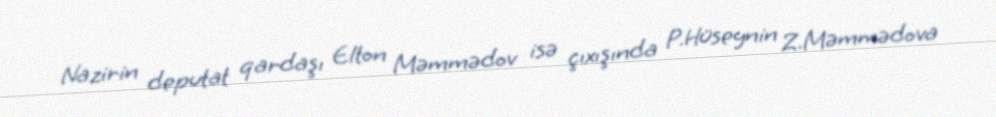
Nazirin deputat qardaşı Elton Məmmədov isə çıxışında P.Hüseynin Z.Məmmədova